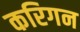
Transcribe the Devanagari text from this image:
करिगन